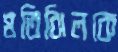
মতিঝিলকে